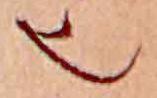
也